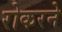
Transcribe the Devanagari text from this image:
रोकरने